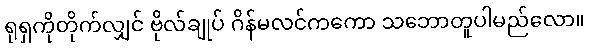
ရုရှကိုတိုက်လျှင် ဗိုလ်ချုပ် ဂိန်မလင်ကကော သဘောတူပါမည်လော။